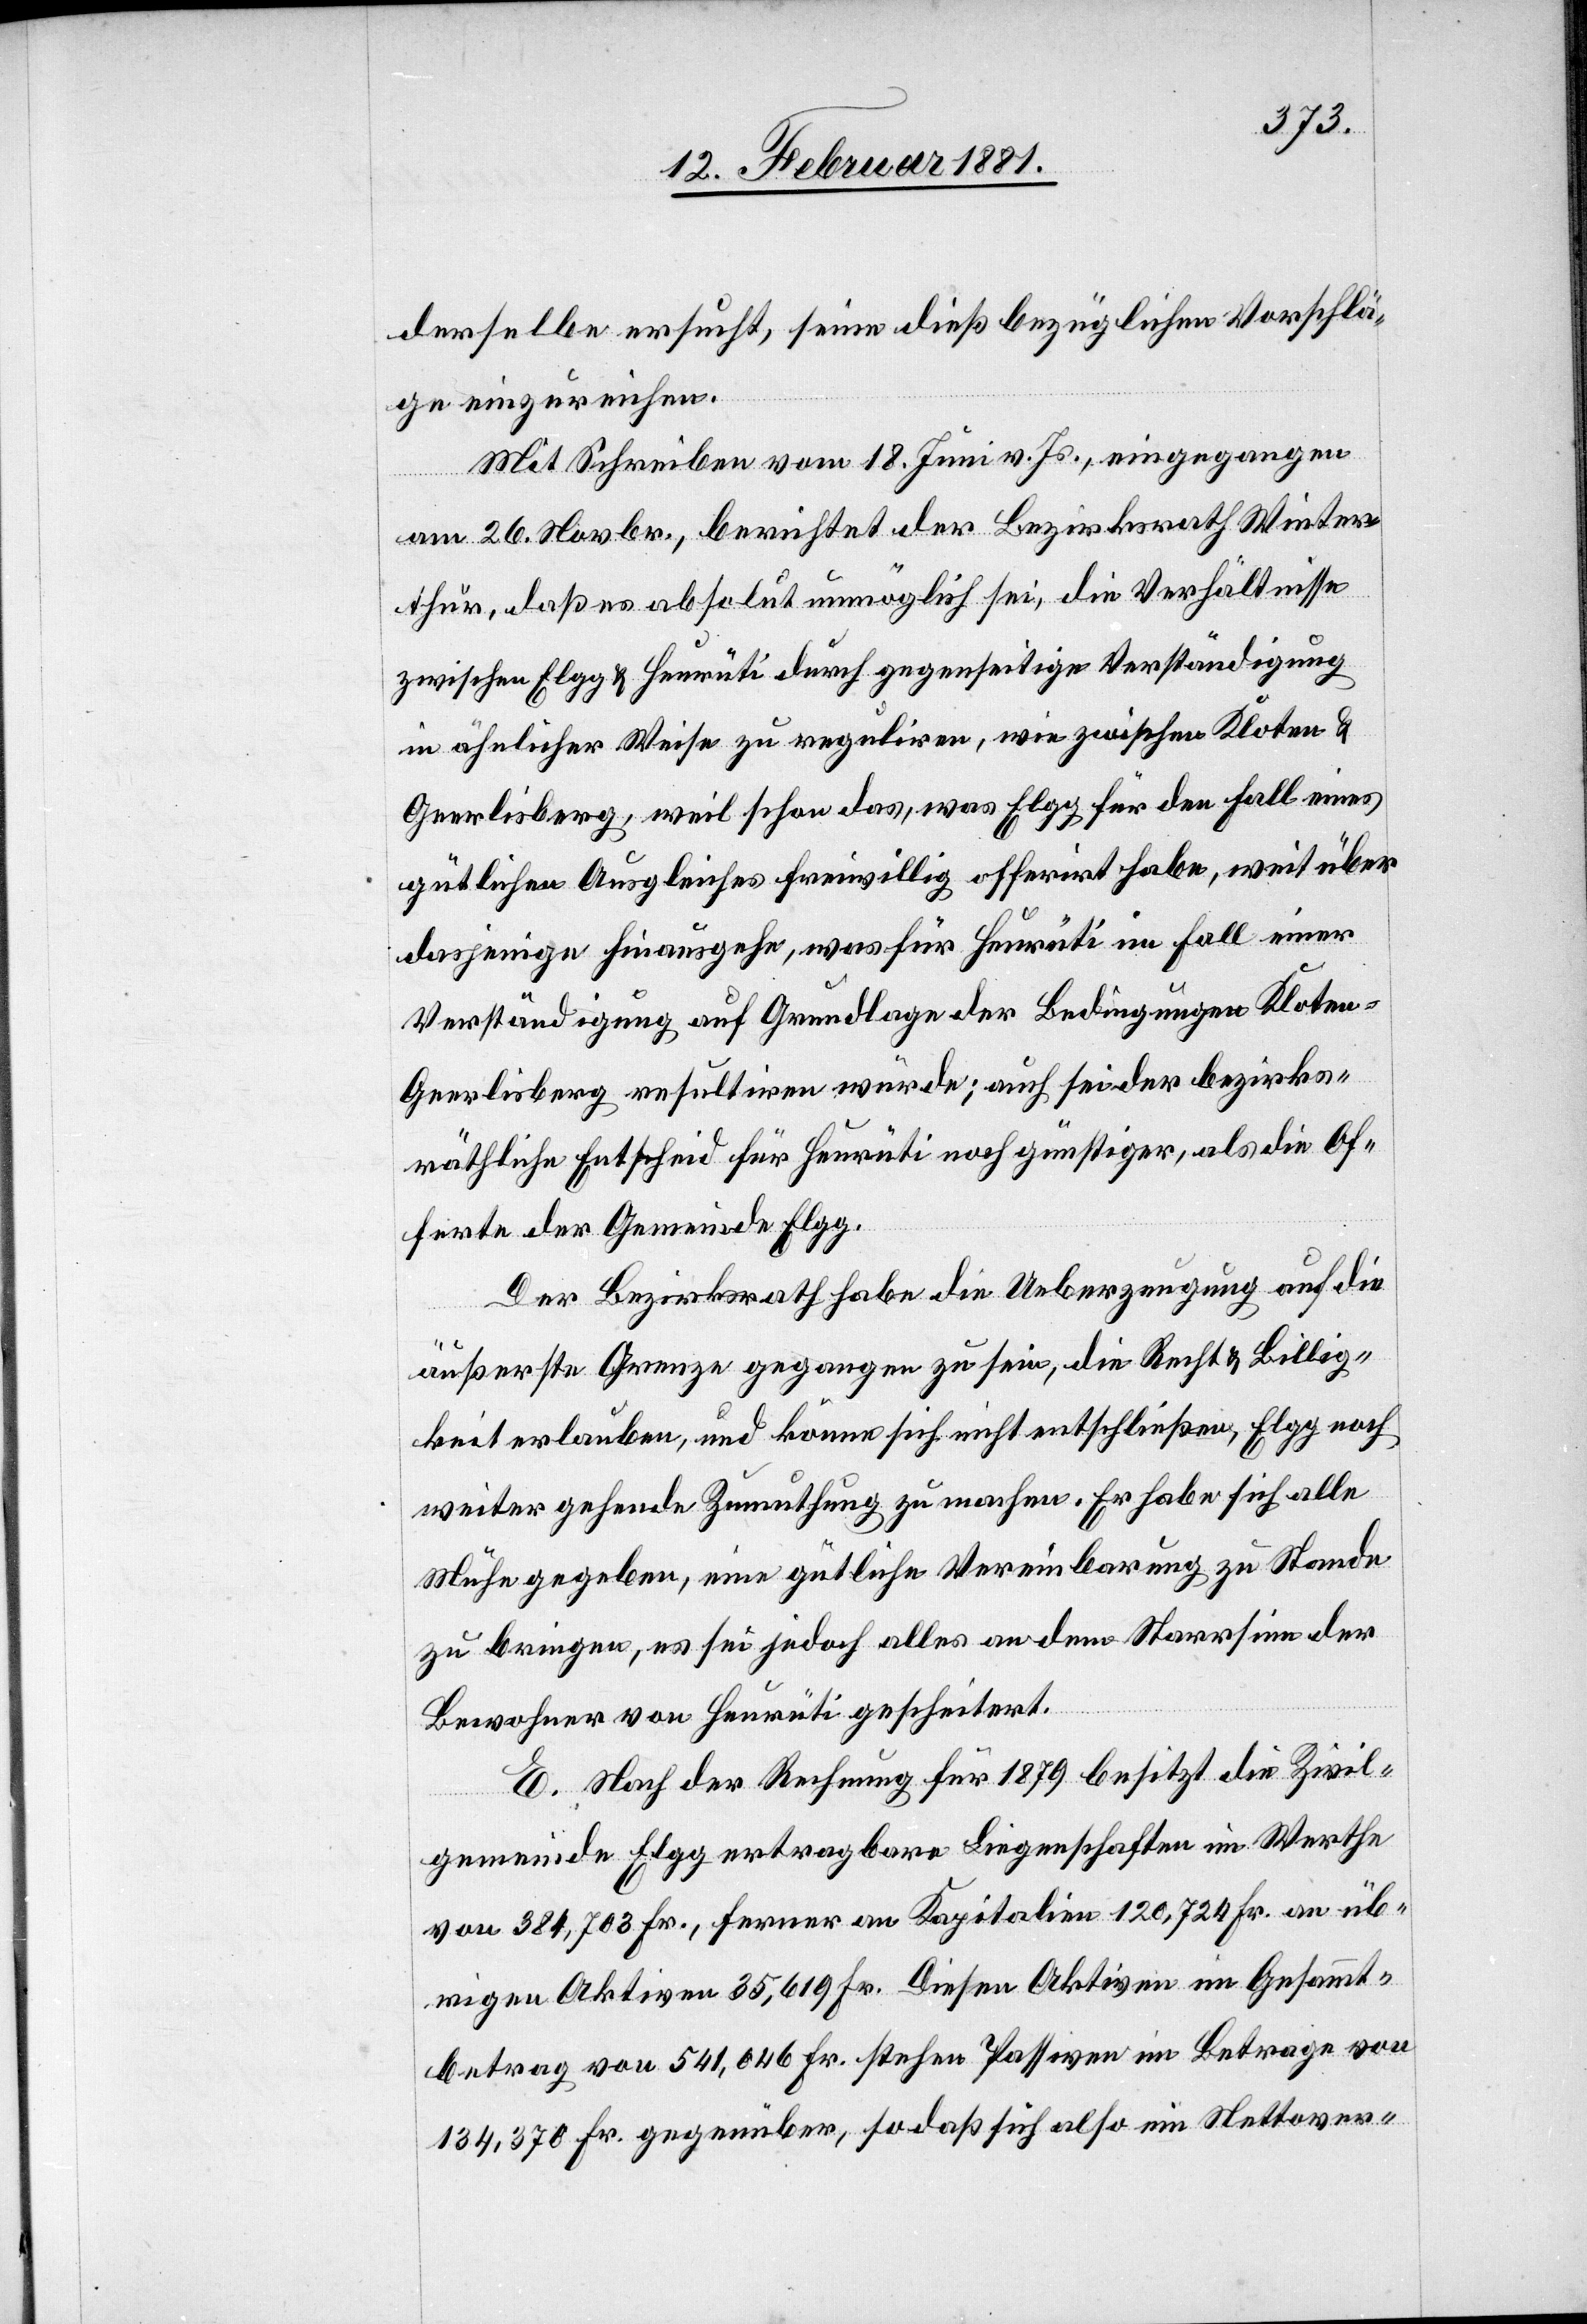
derselbe ersucht, seine dieß bezüglichen Vorschlä¬
ge einzureichen.
Mit Schreiben vom 18. Juni v. Js., eingegangen
am 26. Novbr., berichtet der Bezirksrath Winter¬
thur, daß es absolut unmöglich sei, die Verhältnisse
zwischen Elgg & Heurüti durch gegenseitige Verständigung
in ähnlicher Weise zu reguliren, wie zwischen Kloten &
Gerlisberg, weil schon das, was Elgg für den Fall eines
gütlichen Ausgleiches freiwillig offerirt habe, weit über
dasjenige hinausgehe, was für Heurüti im Fall einer
Verständigung auf Grundlage der Bedingungen Kloten-G¬
erlisberg resultiren würde; auch sei der bezirks¬
räthliche Entscheid für Heurüti noch günstiger, als die Of¬
ferte der Gemeinde Elgg.
Der Bezirksrath habe die Ueberzeugung auf die
äußerste Grenze gegangen zu sein, die Recht & Billig¬
keit erlauben, und könne sich nicht entschließen, Elgg noch
weiter gehende Zumuthung zu machen. Er habe sich alle
Mühe gegeben, eine gütliche Vereinbarung zu Stande
zu bringen, es sei jedoch alles an dem Starrsinn der
Bewohner von Heurüti gescheitert.
E. Nach der Rechnung für 1879 besitzt die Zivil¬
gemeinde Elgg ertragbare Liegenschaften im Werthe
von 384,703 Fr., ferner an Kapitalien 120,724 Fr.an üb¬
rigen Aktiven 35,619 Fr. Diesen Aktiven im Gesammt¬
betrag von 541,046 Fr. stehen Passiven im Betrage von
134,370 Fr. gegenüber, so daß sich also ein Nettover-